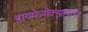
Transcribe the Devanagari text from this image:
डायफेनोक्झायलेट